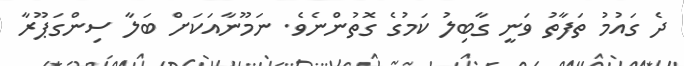
ދެ ގައުމު ތަފާތު ވަނީ ގާބިލު ކަމުގެ ގޮތުންނެވެ. ނަމޫނާއަކަށް ބަލާ ސިންގަޕޫރާ